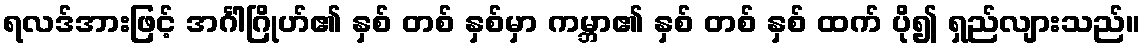
ရလဒ်အားဖြင့် အင်္ဂါဂြိုဟ်၏ နှစ် တစ် နှစ်မှာ ကမ္ဘာ၏ နှစ် တစ် နှစ် ထက် ပို၍ ရှည်လျားသည်။